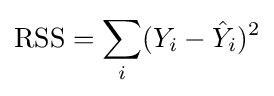
{\text{RSS}}=\sum _{i}(Y_{i}-{\hat {Y}}_{i})^{2}